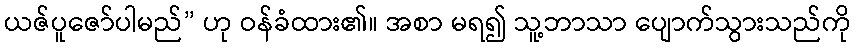
ယဇ်ပူဇော်ပါမည်” ဟု ဝန်ခံထား၏။ အစာ မရ၍ သူ့ဘာသာ ပျောက်သွားသည်ကို